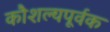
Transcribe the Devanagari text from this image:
कौशल्यपूर्वक